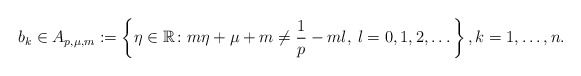
\begin{align*} b_k\in A_{p,\mu,m}:=\left\{\eta \in \mathbb{R} \colon m\eta+\mu+m\neq \frac{1}{p}-ml, \: l=0, 1, 2,\dots\right\}, k=1,\dots, n. \end{align*}